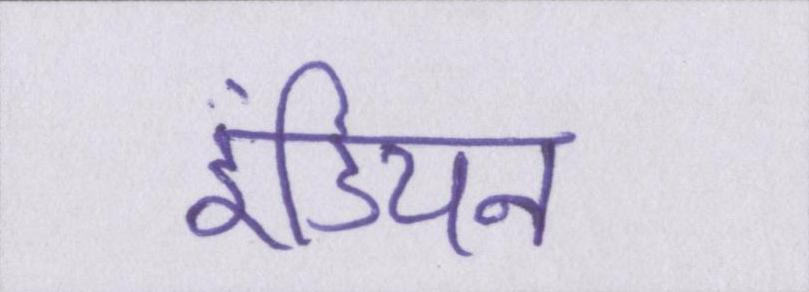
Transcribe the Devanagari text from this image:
इंडियन